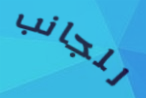
للجانب